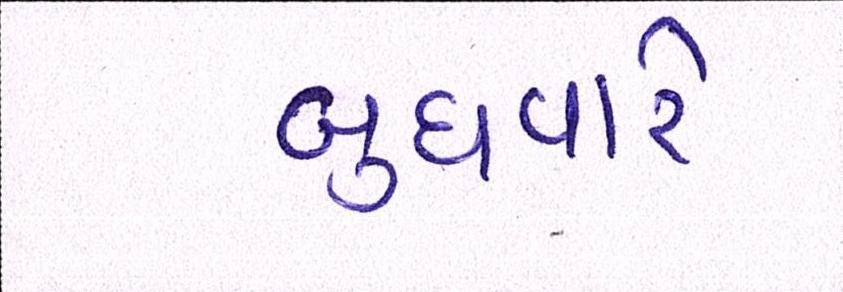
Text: બુધવારે